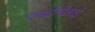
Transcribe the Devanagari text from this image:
एसटीपीआई